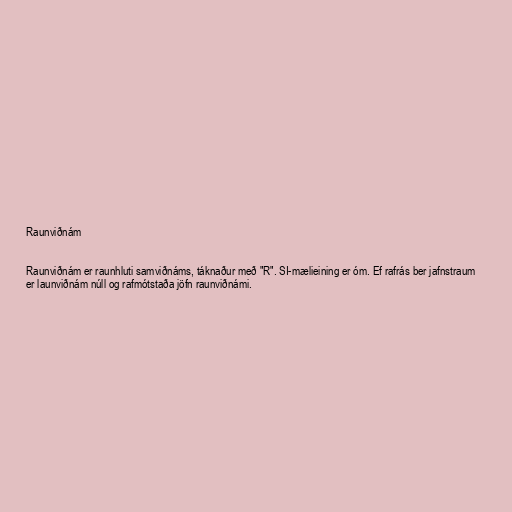
Raunviðnám

Raunviðnám er raunhluti samviðnáms, táknaður með "R". SI-mælieining er óm. Ef rafrás ber jafnstraum
er launviðnám núll og rafmótstaða jöfn raunviðnámi.